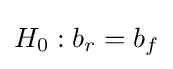
{\textstyle H_{0}:b_{r}=b_{f}}